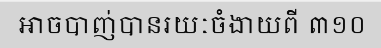
អាចបាញ់បានរយៈចំងាយពី ៣១០